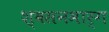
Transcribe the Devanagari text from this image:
श्‍वसनमार्ग